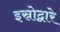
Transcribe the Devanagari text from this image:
इस्रोद्वारे